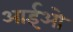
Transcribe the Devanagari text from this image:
आईओ